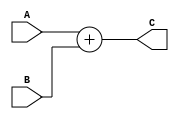
`timescale 1ns / 1ps
/*
 * Project      : University of Utah, XUM Project MIPS32 core
 * Creator(s)   : Grant Ayers (ayers@cs.utah.edu)
 *
 * Modification History:
 *   Rev   Date         Initials  Description of Change
 *   1.0   7-Jun-2011   GEA       Initial design.
 *
 * Standards/Formatting:
 *   Verilog 2001, 4 soft tab, wide column.
 *
 * Description:
 *   A simple 32-bit 2-input adder.
 */
module Add(
    input  [31:0] A,
    input  [31:0] B,
    output [31:0] C
    );

    assign C = (A + B);

endmodule